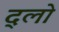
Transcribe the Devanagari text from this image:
द्लो